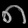
Digit: ၈